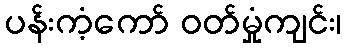
ပန်းကံ့ကော် ဝတ်မှုံကျင်း၊